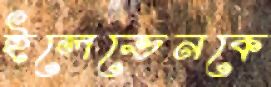
ইলেভেনকে